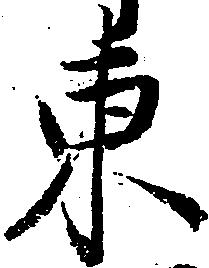
東